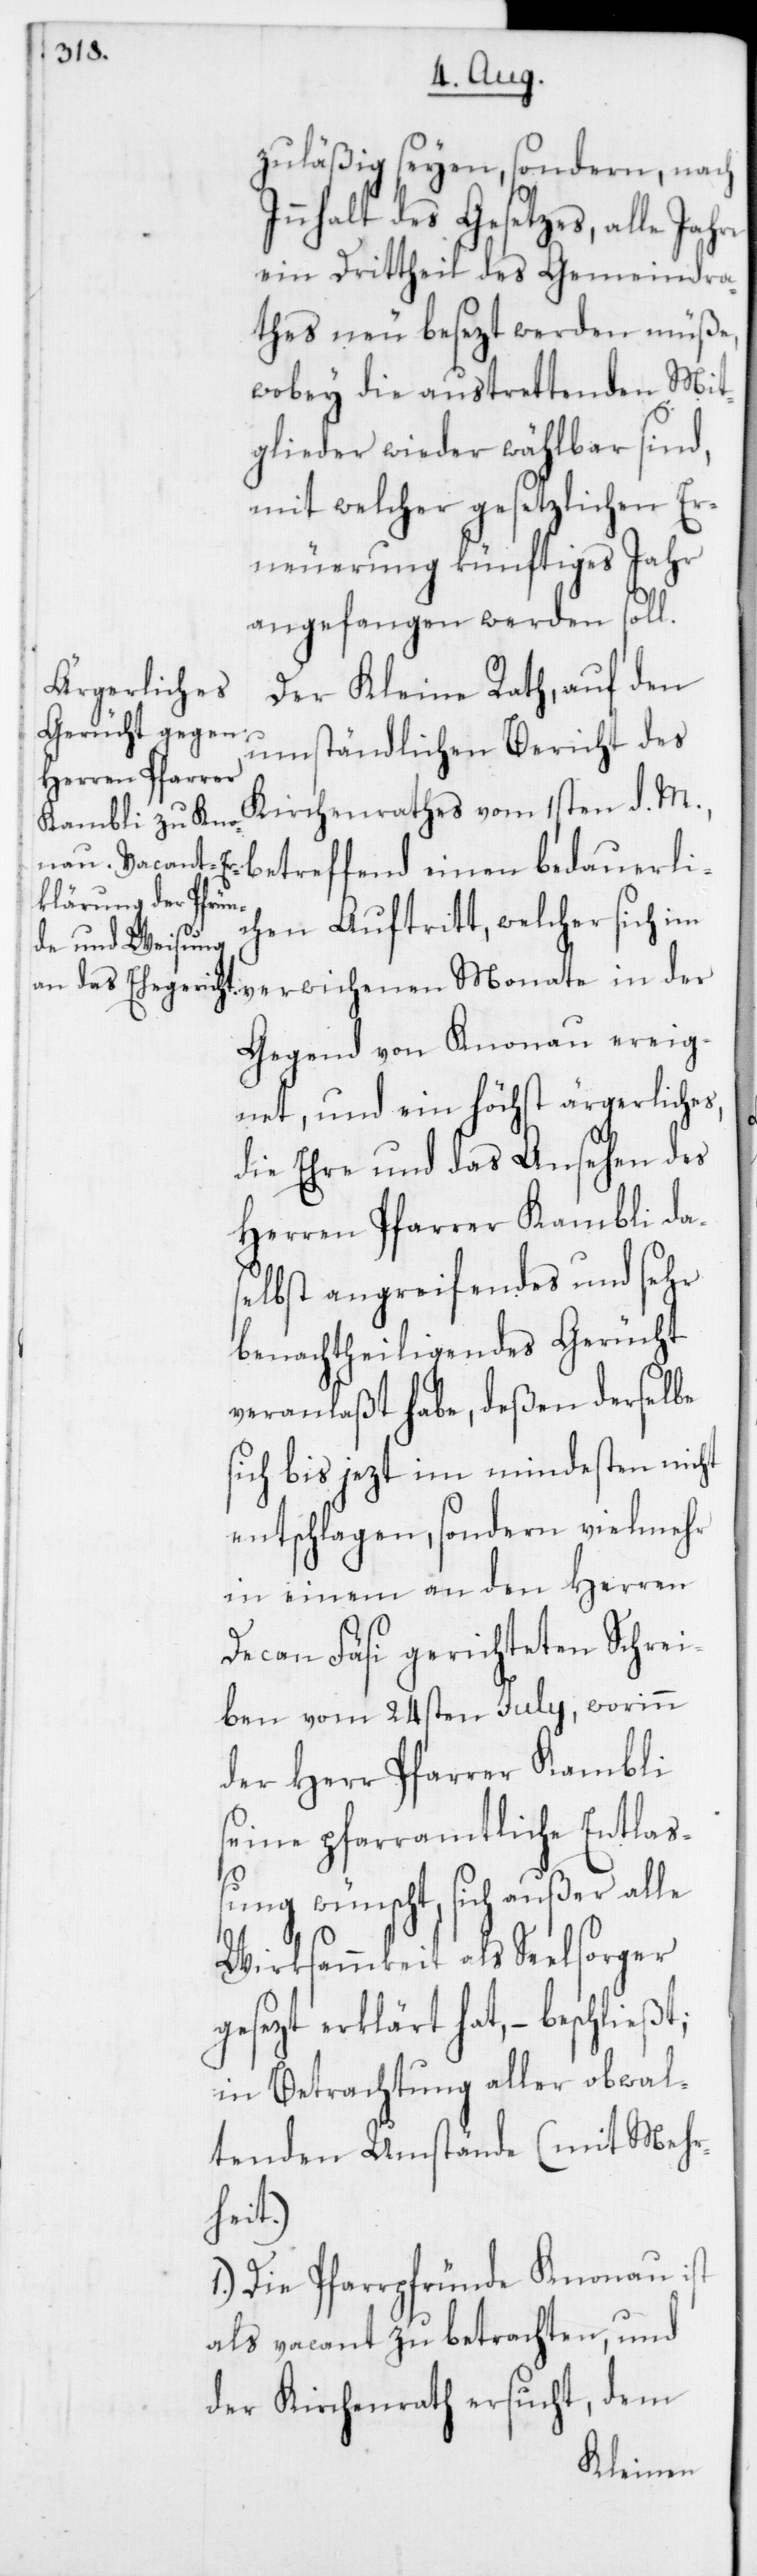
zuläßig seyen, sondern nach
Innhalt des Gesetzes, alle Jahre
ein Dritttheil des Gemeindra¬
thes neu besezt werden müße,
wobey die austrettenden Mit¬
glieder wieder wählbar sind,
mit welcher gesetzlichen Er¬
neuerung künftiges Jahr
angefangen werden soll.
bedauerlic¬
Der Kleine Rath, auf den
umständlichen Bericht des
Kirchenrathes vom 1sten d. M.,
hen Auftritt, welcher sich im
verwichenen Monate in der
Gegend von Knonau ereig¬
net, und ein höchst ärgerliches,
die Ehre und das Ansehen des
Herren Pfarrer Kambli das¬
elbst angreifendes und sehr
benachtheiligendes Gerücht
veranlaßt habe, deßen derselbe
sich bis jezt im mindesten nicht
entschlagen, sondern vielmehr
in einem an den Herren
Decan Fäsi gerichteten Schrei¬
ben vom 24sten Julii, worinn
der Herr Pfarrer Kambli
seine pfarramtliche Entlaß¬
ung wünscht, sich außer alle
Wirksammkeit als Seelsorger
gesezt erklärt hat, – beschließt,
in Betrachtung aller obwal¬
tenden Umstände (mit Mehr¬
heit):
1. Die Pfarrpfründe Knonau ist
als vacant zu betrachten, und
der Kirchenrath ersucht, dem